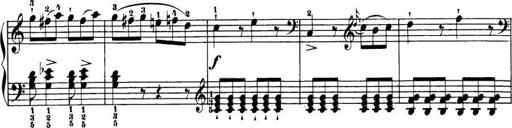
Title: Le bouquetier
Composer: Anton Diabelli
Key: G major
 C major
 F major
 C major